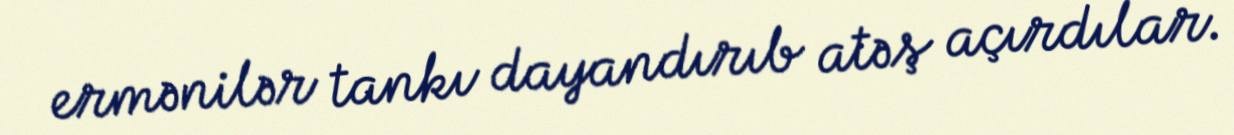
ermənilər tankı dayandırıb atəş açırdılar.